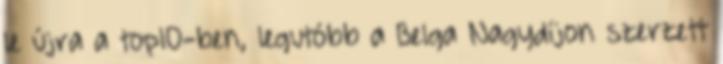
le újra a top10-ben, legutóbb a Belga Nagydíjon szerzett